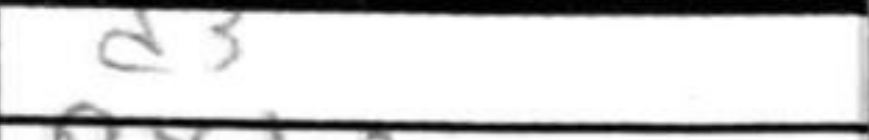
Transcription: d3